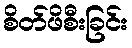
စိတ်ဖိစီးခြင်း